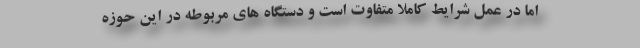
اما در عمل شرایط کاملا متفاوت است و دستگاه های مربوطه در این حوزه